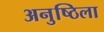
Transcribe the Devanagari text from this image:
अनुष्ठिला